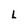
Character: L